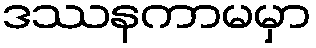
ဒဿနကာမမှာ